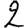
Digit: 2